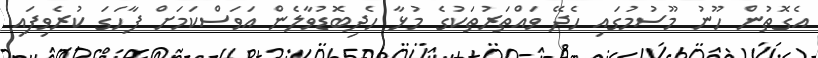
އެގޮތުން ހޫނު މޫސުމުގައި ހެދޭ ވައްތަރުތަކުގެ މުޅާ ހެދިބޮޑުވާލެން އަވަސްކަމަށް ފާހަގަ ކުރެވިފައި